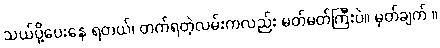
သယ်ပို့ပေးနေ ရတယ်၊ တက်ရတဲ့လမ်းကလည်း မတ်မတ်ကြီးပဲ။ မှတ်ချက် ။